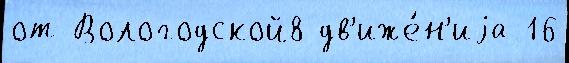
от Вологодской8 дв'иже́н'иjа 16